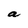
Character: a